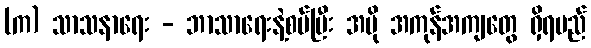
(က) သာသနာရေး - ဘာသာရေးနဲ့စပ်ပြီး အပို အကုန်အကျတွေ ရှိရမည်